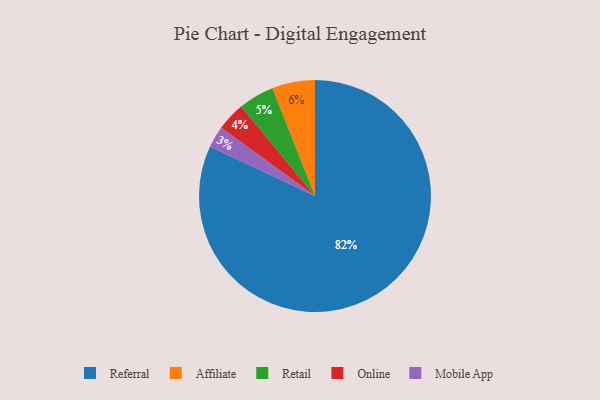
{"axis": {"x": "Category", "y": "Percentage"}, "legend": ["Affiliate", "Mobile App", "Online", "Referral", "Retail"], "data": [{"x": "Mobile App", "y": 3, "type": "Mobile App"}, {"x": "Online", "y": 4, "type": "Online"}, {"x": "Retail", "y": 5, "type": "Retail"}, {"x": "Referral", "y": 82, "type": "Referral"}, {"x": "Affiliate", "y": 6, "type": "Affiliate"}]}